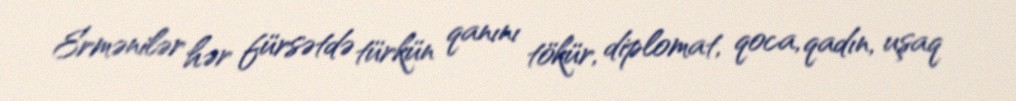
Ermənilər hər fürsətdə türkün qanını tökür, diplomat, qoca, qadın, uşaq